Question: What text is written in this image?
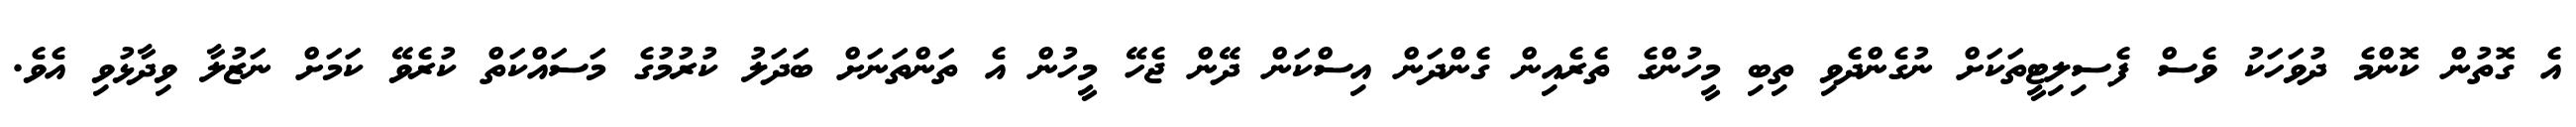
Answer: އެ ގޮތުން ކޮންމެ ދުވަހަކު ވެސް ފެސިލިޓީތަކަށް ނުގެންދެވި ތިބި މީހުންގެ ތެރެއިން ގެންދަން އިސްކަން ދޭން ޖެހޭ މީހުން އެ ތަންތަނަށް ބަދަލު ކުރުމުގެ މަސައްކަތް ކުރެވޭ ކަމަށް ނަޒުލާ ވިދާޅުވި އެވެ.